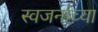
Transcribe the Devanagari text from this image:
स्वजनांच्या